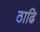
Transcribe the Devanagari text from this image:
ठाढि